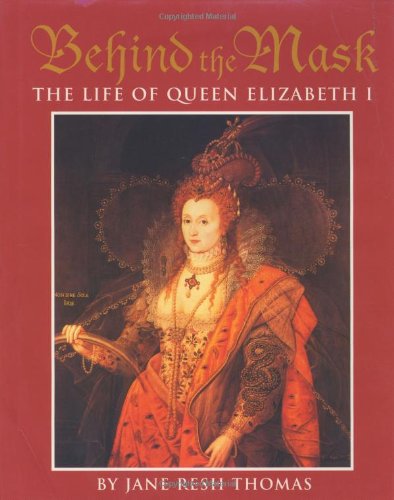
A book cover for Behind the Mask: The Life of Queen Elizabeth I; Jane Resh Thomas; Teen & Young Adult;